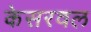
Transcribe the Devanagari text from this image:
केसरवल